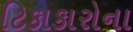
ટિકાકારોના